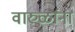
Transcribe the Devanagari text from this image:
वारुळांना